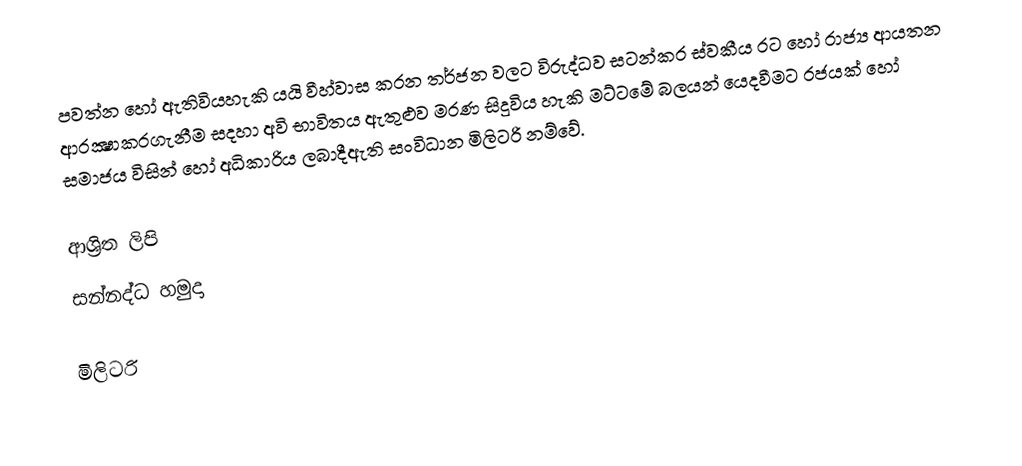
පවත්න හෝ ඇතිවියහැකි යයි වීහ්වාස කරන තර්ජන වලට විරුද්ධව සටන්කර ස්වකීය රට හෝ රාජ්‍ය ආයතන ආරක්‍ෂාකරගැනීම සදහා අවි භාවිතය ඇතුළුව මරණ සිදුවිය හැකි මට්ටමේ බලයන් යෙදවීමට රජයක් හෝ සමාජය විසින් හෝ අධිකාරිය ලබාදීඇති සංවිධාන මිලිටරි නම්වේ.

ආශ්‍රිත ලිපි
 සන්නද්ධ හමුදා

මිලිටරි